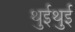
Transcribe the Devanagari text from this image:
थुईथुई